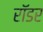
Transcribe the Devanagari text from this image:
रॉडर